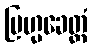
ဗြဟ္မခေတ္တံ